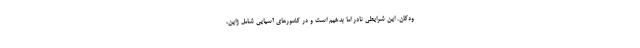
ودکان. این شرایطی نادر اما بدخیم است و در کشورهای آسیایی شامل ژاپن،